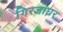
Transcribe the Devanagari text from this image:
गिरजाघ्रर